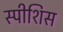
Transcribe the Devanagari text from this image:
स्पीशिस